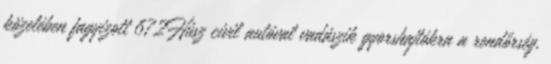
közelében fagyizott 672Húsz civil autóval vadászik gyorshajtókra a rendőrség,